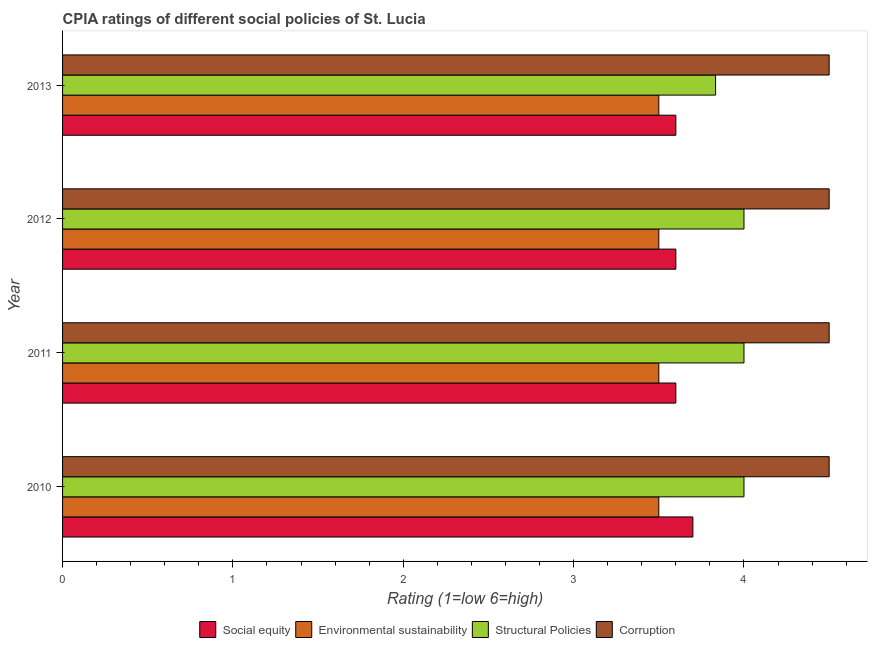
| Year | Social equity | Environmental sustainability | Structural Policies | Corruption |
 | --- | --- | --- | --- | --- |
 | 2010 | 3.7 | 3.5 | 4 | 4.5 |
 | 2011 | 3.6 | 3.5 | 4 | 4.5 |
 | 2012 | 3.6 | 3.5 | 4 | 4.5 |
 | 2013 | 3.6 | 3.5 | 3.83 | 4.5 |